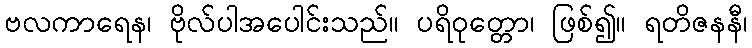
ဗလကာရေန၊ ဗိုလ်ပါအပေါင်းသည်။ ပရိဝုတ္တော၊ ဖြစ်၍။ ရတိဇနနီ၊